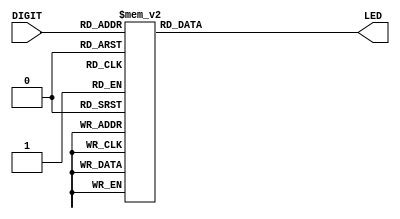
module digit_to_led(
    input [3:0 ] DIGIT,
	 output [7:0]   LED	 
	 );
	 reg  [7:0 ] sseg_temp ;
	 
	 always @ (*)
 begin
  case(DIGIT)
   4'd0 : sseg_temp = 8'b11000000; //to display 0
   4'd1 : sseg_temp = 8'b11111001; //to display 1
   4'd2 : sseg_temp = 8'b10100100; //to display 2
   4'd3 : sseg_temp = 8'b10110000; //to display 3
   4'd4 : sseg_temp = 8'b10011001; //to display 4
   4'd5 : sseg_temp = 8'b10010010; //to display 5
   4'd6 : sseg_temp = 8'b10000010; //to display 6
   4'd7 : sseg_temp = 8'b11111000; //to display 7
   4'd8 : sseg_temp = 8'b10000000; //to display 8
   4'd9 : sseg_temp = 8'b10010000; //to display 9
   4'd10 : sseg_temp = 8'b10001000; //to display A
   4'd11 : sseg_temp = 8'b10000011; //to display b
   4'd12 : sseg_temp = 8'b11000110; //to display C
   4'd13 : sseg_temp = 8'b10100001; //to display d
   4'd14 : sseg_temp = 8'b10000110; //to display E
   4'd15 : sseg_temp = 8'b10001110; //to display F
   default : sseg_temp = 8'b11111111; //dash
  endcase
 end
 
 assign LED = sseg_temp ;
	 
endmodule